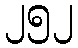
၂၅၂